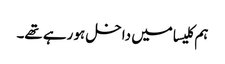
ہم کلیسا میں داخل ہو رہے تھے۔